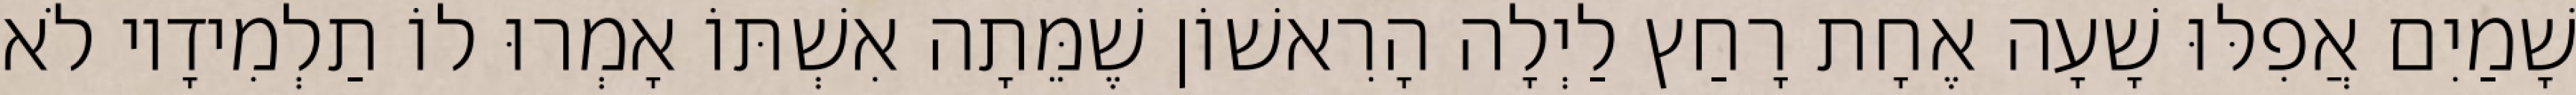
שָׁמַיִם אֲפִלּוּ שָׁעָה אֶחָת רָחַץ לַיְלָה הָרִאשׁוֹן שֶׁמֵּתָה אִשְׁתּוֹ אָמְרוּ לוֹ תַלְמִידָיו לֹא